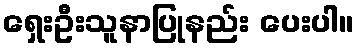
ရှေးဦးသူနာပြုနည်း ပေးပါ။